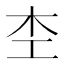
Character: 杢